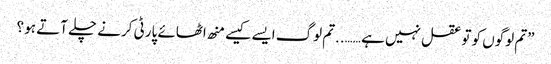
”تم لوگوں کو تو عقل نہیں ہے ……..تم لوگ ایسے کیسے منھ اٹھائے پارٹی کرنے چلے آتے ہو ؟